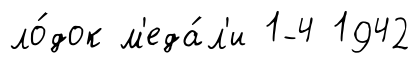
ло́док м'еда́л'и 1-4 1942